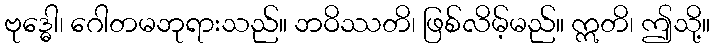
ဗုဒ္ဓေါ၊ ဂေါတမဘုရားသည်။ ဘဝိဿတိ၊ ဖြစ်လိမ့်မည်။ ဣတိ၊ ဤသို့။